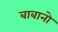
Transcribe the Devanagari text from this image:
बाबानो